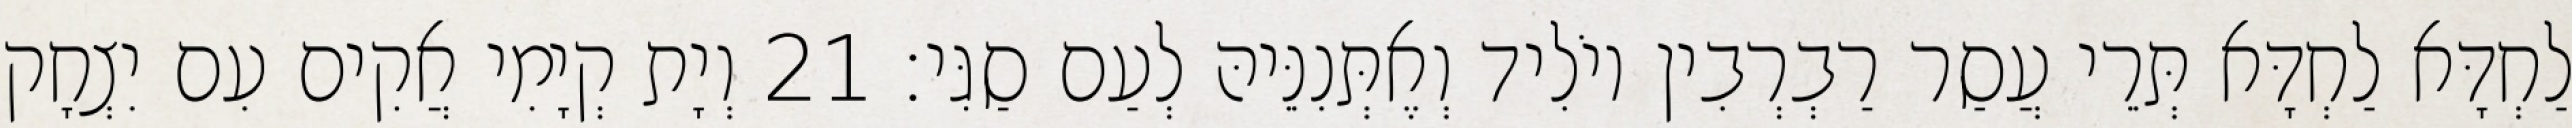
לַחְדָּא לַחְדָּא תְּרֵי עֲסַר רַבְרְבִין יוֹלִיד וְאֶתְּנִנֵּיהּ לְעַם סַגִּי׃ 21 וְיָת קְיָמִי אֲקִים עִם יִצְחָק